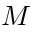
M